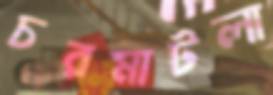
চরমাটলা